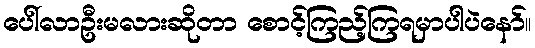
ပေါ်လာဦးမလားဆိုတာ စောင့်ကြည့်ကြရမှာပါပဲနော်။